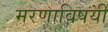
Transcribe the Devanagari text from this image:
मरणाविषयीं